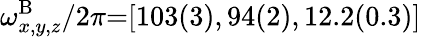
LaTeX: \omega_{x,y,z}^{\mathrm{B}}/2\pi{=}[103(3),94(2),12.2(0.3)]